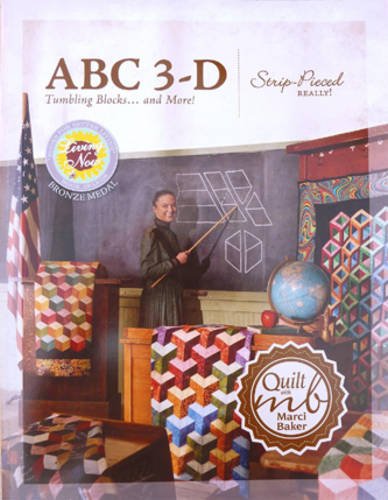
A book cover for ABC 3-D Tumbling Blocks... and More!; Marci Baker; Crafts, Hobbies & Home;